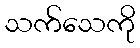
သက်သေကို